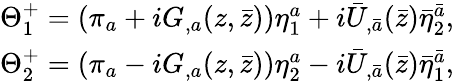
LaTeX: \begin{array}{c}{{\Theta_{1}^{+}=\left(\pi_{a}+iG_{,a}(z,\bar{z})\right)\eta_{1}^{a}+i{\bar{U}}_{,\bar{a}}({\bar{z}}){\bar{\eta}}_{2}^{\bar{a}},}}\\ {{\Theta_{2}^{+}=\left(\pi_{a}-iG_{,a}(z,\bar{z})\right)\eta_{2}^{a}-i{\bar{U}}_{,{\bar{a}}}({\bar{z}}){\bar{\eta}}_{1}^{\bar{a}},}}\end{array}